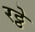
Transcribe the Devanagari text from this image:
रठ्ठे